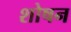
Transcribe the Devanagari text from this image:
शोषन